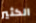
الكثير